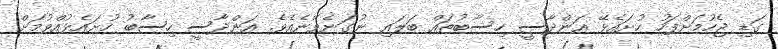
ގަޑި ޖެހުމަށްފަހު ހުށައެޅޭ އަންދާސީ ހިސާބުތައް ބަލައި ނުގަނެވޭނެއެވެ. އަންދާސީ ހިސާބު ހުށައެޅުއްވުމަށް